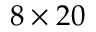
8 \times 2 0